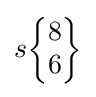
s{\begin{Bmatrix}8\\6\end{Bmatrix}}